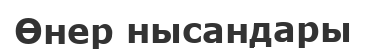
Өнер нысандары